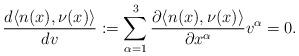
LaTeX: \begin{align*}\frac{d \langle n(x),\nu(x)\rangle}{dv} := \sum_{\alpha =1}^3\frac{\partial \langle n(x),\nu(x)\rangle}{\partial x^\alpha}v^\alpha =0.\end{align*}